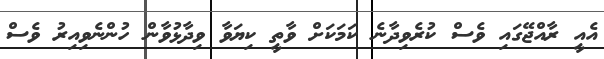
އެއީ ރާއްޖޭގައި ވެސް ކުރެވިދާނެ ކަމަކަށް ވާތީ ކިޔަވާ ވިދާޅުވާން ހުންނެވިއިރު ވެސް